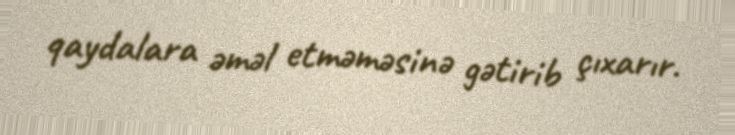
qaydalara əməl etməməsinə gətirib çıxarır.